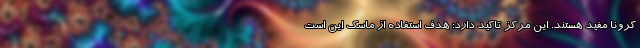
کرونا مفید هستند. این مرکز تاکید دارد: هدف استفاده از ماسک این است